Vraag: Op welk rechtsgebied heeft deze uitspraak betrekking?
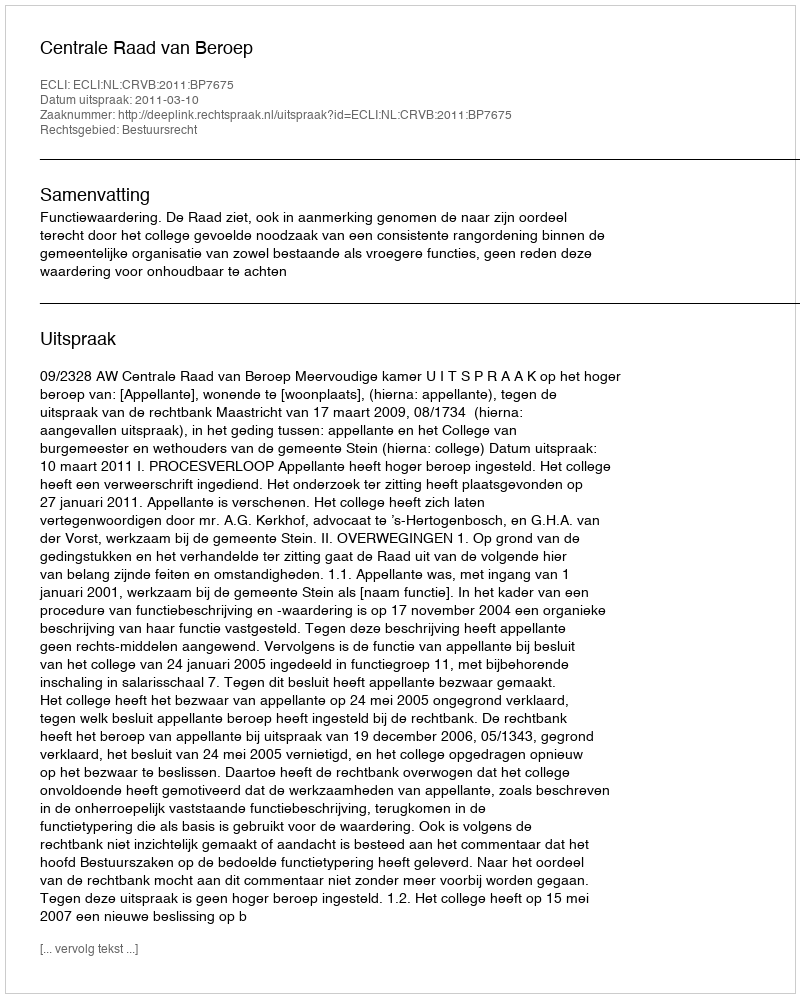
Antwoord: Bestuursrecht